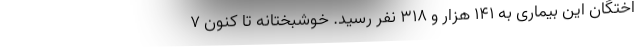
اختگان این بیماری به ۱۴۱ هزار و ۳۱۸ نفر رسید. خوشبختانه تا کنون ۷